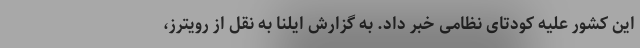
این کشور علیه کودتای نظامی خبر داد. به گزارش ایلنا به نقل از رویترز،